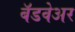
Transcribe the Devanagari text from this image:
बॅडवेअर